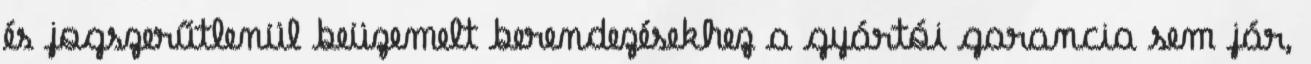
és jogszerűtlenül beüzemelt berendezésekhez a gyártói garancia sem jár,